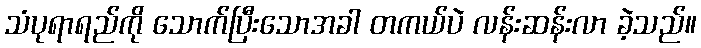
သံပုရာရည်ကို သောက်ပြီးသောအခါ တကယ်ပဲ လန်းဆန်းလာ ခဲ့သည်။